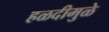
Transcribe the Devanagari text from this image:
हळदीमुळे